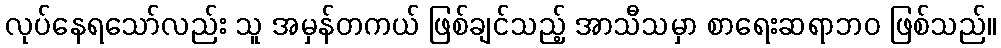
လုပ်နေရသော်လည်း သူ အမှန်တကယ် ဖြစ်ချင်သည့် အာသီသမှာ စာရေးဆရာဘဝ ဖြစ်သည်။